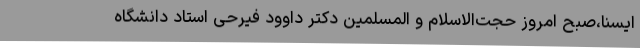
ایسنا،صبح امروز حجت‌الاسلام و المسلمین دکتر داوود فیرحی استاد دانشگاه